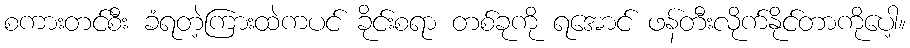
စကားတင်စီး ခံရတဲ့ကြားထဲကပင် ခိုင်းစရာ တစ်ခုကို ရအောင် ဖန်တီးလိုက်နိုင်တာကိုပေါ့။